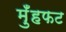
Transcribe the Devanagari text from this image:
मुँहफट